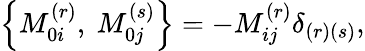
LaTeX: \left\{ M_{0i}^{(r)},\ M_{0j}^{(s)}\right\} =-M_{ij}^{(r)}\delta_{\left(r\right)\left(s\right)},